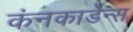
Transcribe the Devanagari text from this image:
कंनकार्डेन्स